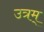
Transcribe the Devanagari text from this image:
उत्रम्